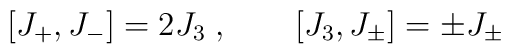
\lbrack J_{+},J_{-}]=2J_{3}\;,\quad \quad \lbrack J_{3},J_{\pm }]=\pm J_{\pm}\;